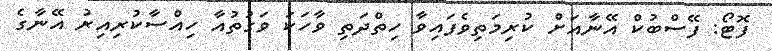
ފޮޓޯ: ފޭސްބުކް އޭނާއަށް ކުރިމަތިވެފައިވާ ހިތްދަތި ވާހަކަ ވަގުތުއާ ހިއްސާކުރިއިރު އޭނާގެ